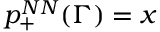
p _ { + } ^ { N N } ( \Gamma ) = x